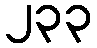
၂၃၃